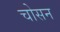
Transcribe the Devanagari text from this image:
चोसन